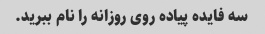
سه فایده پیاده روی روزانه را نام ببرید.